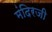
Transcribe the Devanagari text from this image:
मंदिरजी